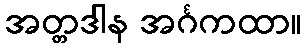
အတ္တဒါန အင်္ဂကထာ။